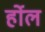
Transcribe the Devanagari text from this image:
र्होल